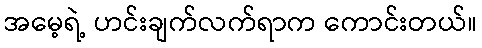
အမေ့ရဲ့ ဟင်းချက်လက်ရာက ကောင်းတယ်။